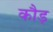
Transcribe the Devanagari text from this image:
कौड़